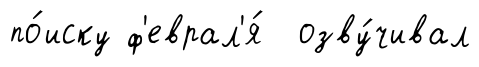
по́иску ф'еврал'я́ озву́чивал